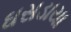
ઘસડાયા